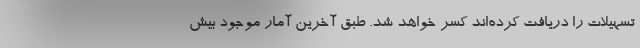
تسهیلات را دریافت کرده‌اند کسر خواهد شد. طبق آخرین آمار موجود بیش